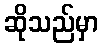
ဆိုသည်မှာ